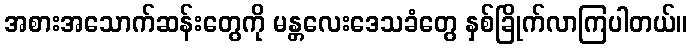
အစားအသောက်ဆန်းတွေကို မန္တလေးဒေသခံတွေ နှစ်ခြိုက်လာကြပါတယ်။